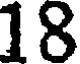
18